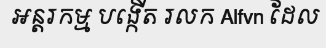
អន្តរកម្ម បង្កើត រលក Alfvn ដែល